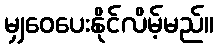
မျှဝေပေးနိုင်လိမ့်မည်။